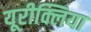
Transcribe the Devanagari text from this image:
यूरीक्लिया